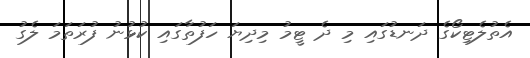
އެތުލެޓިކޯގެ ދަނޑުގައި މި ދެ ޓީމު މިދިޔަ ހަފުތާގައި ކުޅުނު ފުރަތަމަ ލެގު